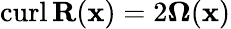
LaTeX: \mathrm{curl}\, {\mathbf{R}}({\mathbf{x}})=2\boldsymbol{\Omega}({\mathbf{x}})